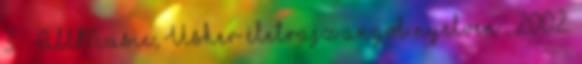
3. ↑ AllMusic, Usher életrajz angol nyelven , 2002.